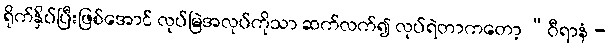
ရိုက်နှိပ်ပြီးဖြစ်အောင် လုပ်မြဲအလုပ်ကိုသာ ဆက်လက်၍ လုပ်ရဲတာကတော့ “ဝီရာနံ -